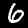
Label: 6